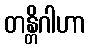
တန္တိဂါဟာ